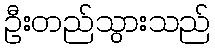
ဦးတည်သွားသည်